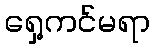
ရှေ့ကင်မရာ